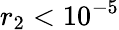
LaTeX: r_{2}<10^{-5}